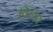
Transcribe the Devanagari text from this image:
विल्डर